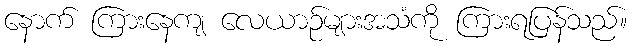
နောက် ကြားနေကျ လေယာဉ်များအသံကို ကြားရပြန်သည်။